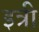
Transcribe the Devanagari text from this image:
इत्री